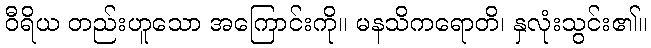
ဝီရိယ တည်းဟူသော အကြောင်းကို။ မနသိကရောတိ၊ နှလုံးသွင်း၏။